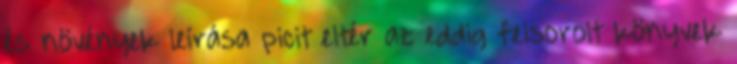
és növények leírása picit eltér az eddig felsorolt könyvek